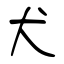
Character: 犬